NAE_EAA_P-1050_Enda_Kallas, lk 6
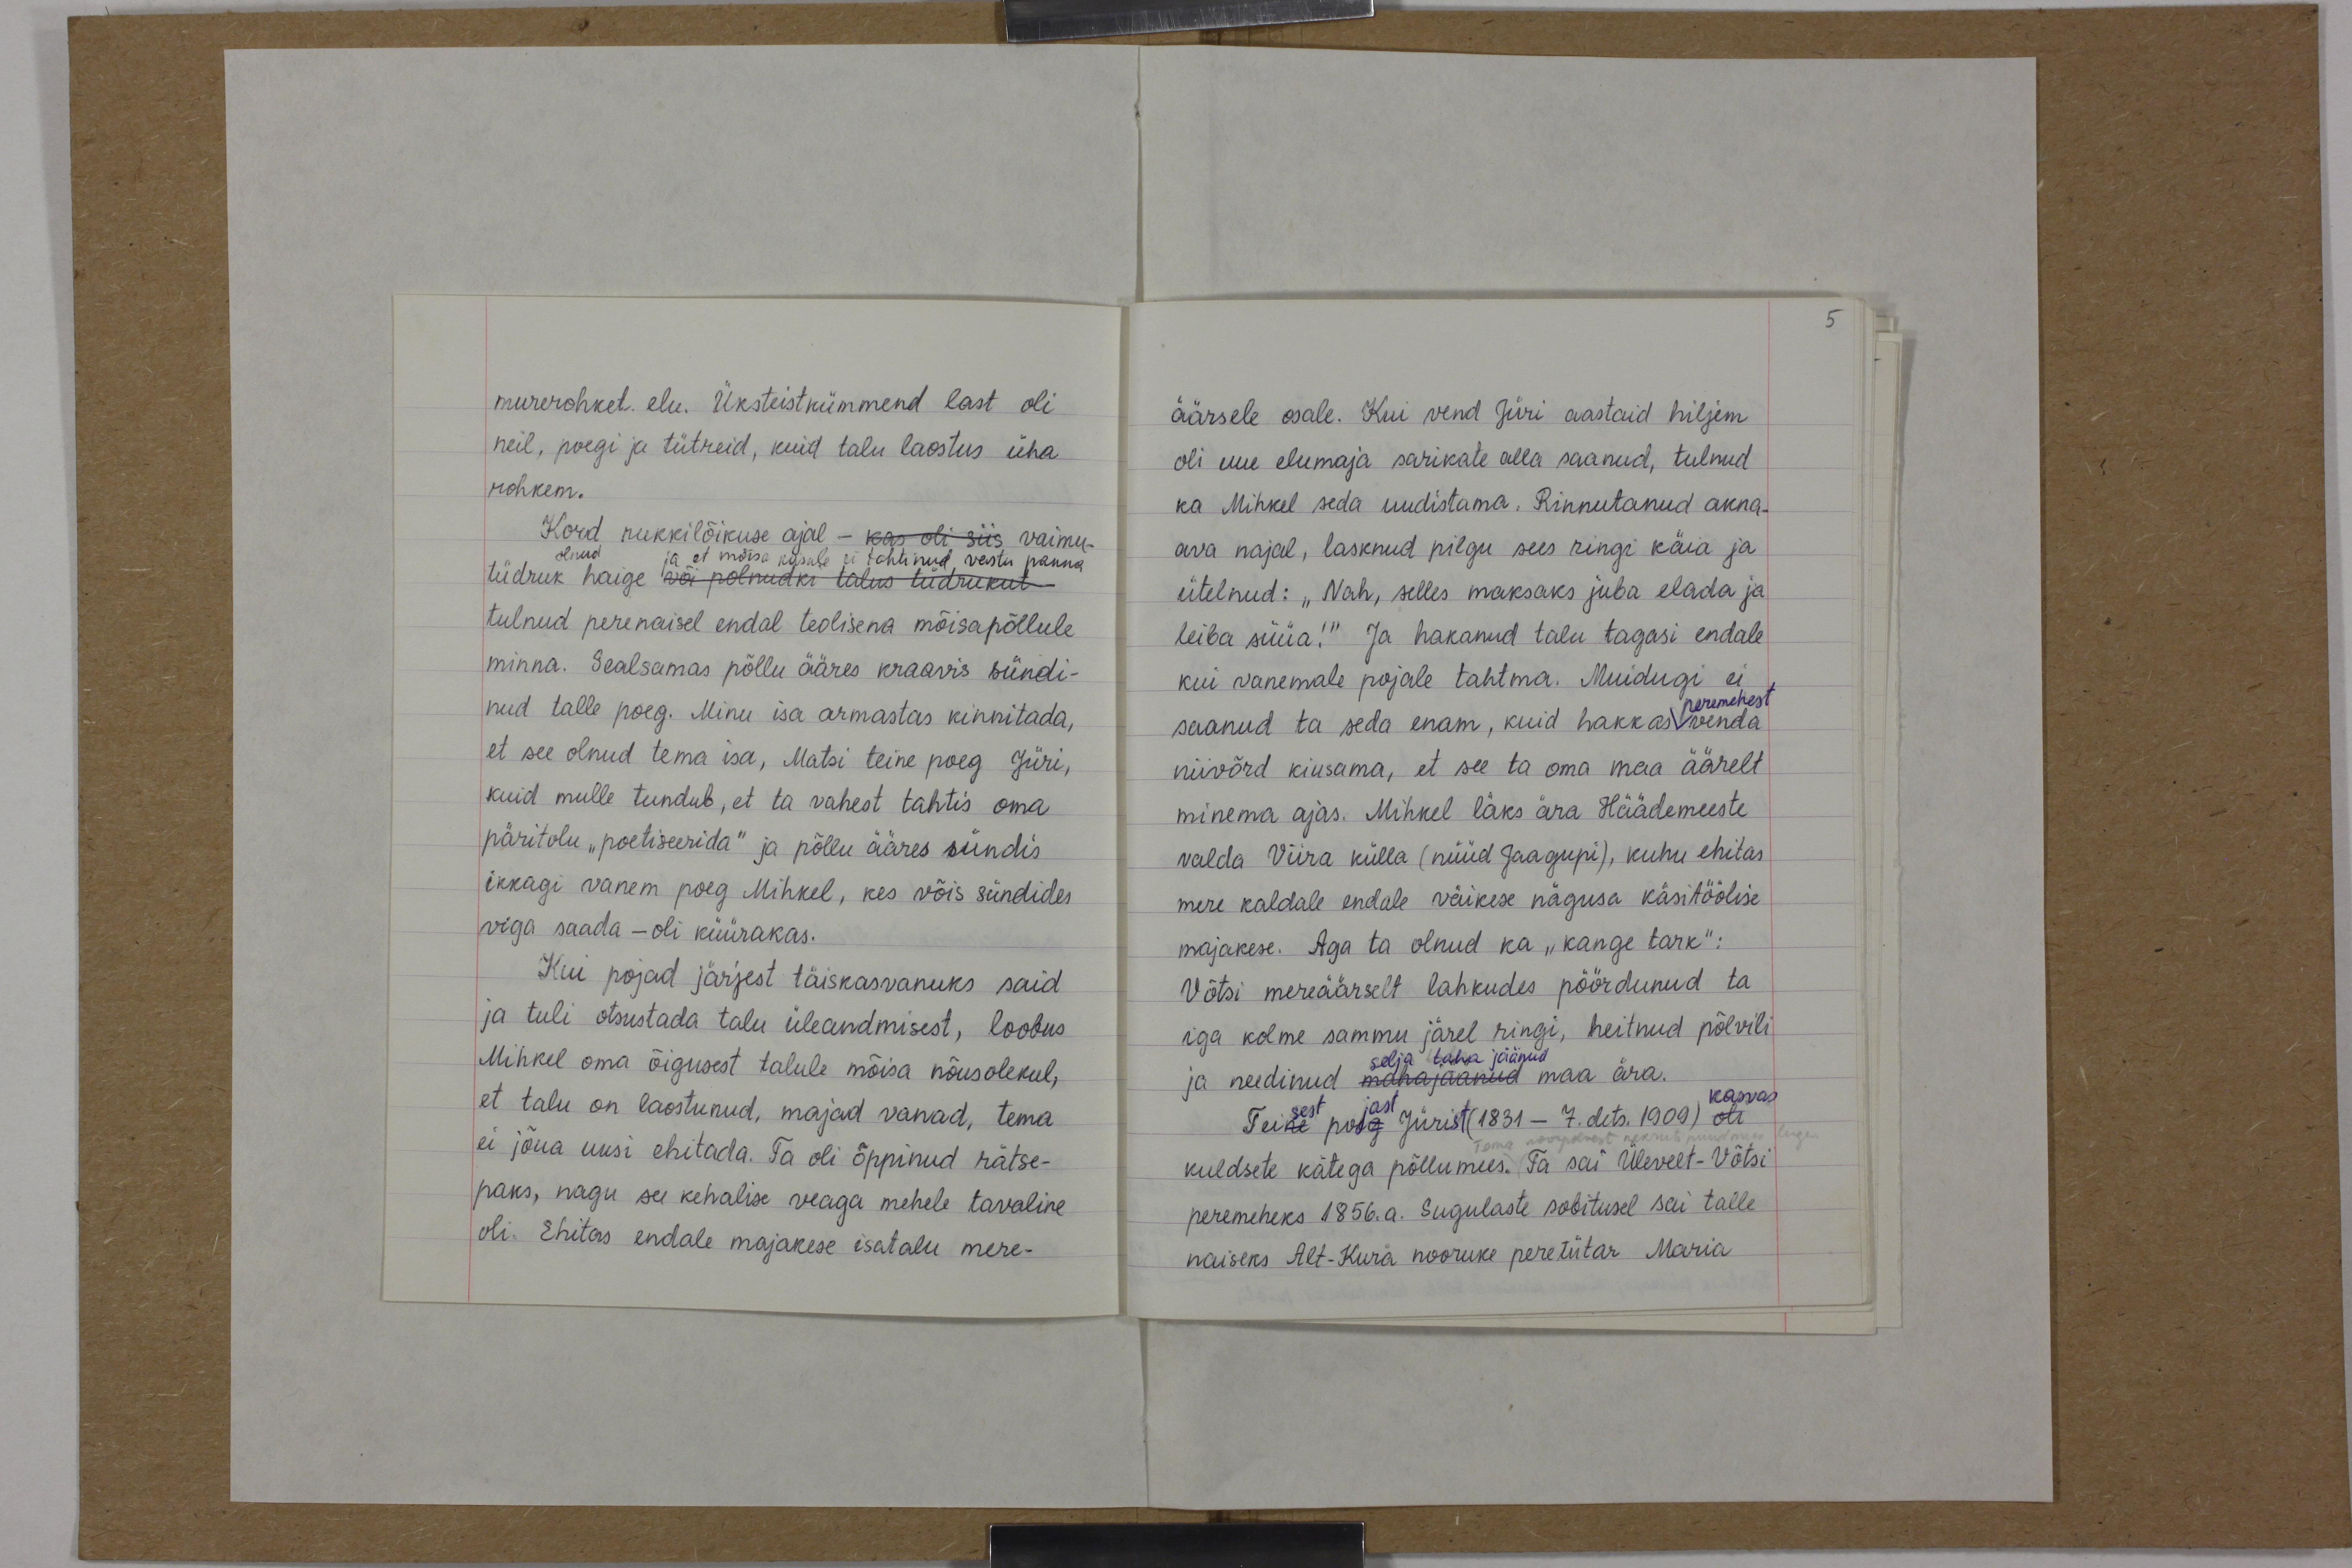
murerohket elu. Üksteistkümmend last oli
neil, poegi ja tütreid, kuid talu laostus üha
rohkem.
Kord rukkilõikuse ajal - kas oli siis vaimu-
olnud ja et mõisa käsule ei tohtinud vastu panna
tüdruk haige või polnudki talus tüdrukut
tulnud perenaisel endal teolisena mõisapõllule
minna. Sealsamas põllu ääres kraavis sündi-
nud talle poeg. Minu isa armastas kinnitada,
et see olnud tema isa, Matsi teine poeg Jüri,
kuid mulle tundub, et ta vahest tahtis oma
päritolu "poetiseerida" ja põllu ääres sündis
ikkagi vanem poeg Mihkel, kes võis sündides
viga saada - oli küürakas.
Kui pojad järjest täiskasvanuks said
ja tuli otsustada talu üleandmisest, loobus
Mihkel oma õigusest talule mõisa nõusolekul,
et talu on laostunud, majad vanad, tema
ei jõua uusi ehitada. Ta oli õppinud rätse-
paks, nagu see kehalise veaga mehele tavaline
oli. Ehitas endale majakese isatalu mere-

äärsele osale. Kui vend Jüri aastaid hiljem
oli uue elumaja sarikate alla saanud, tulnud
ka Mihkel seda uudistama. Rinnutanud akna-
ava najal, lasknud pilgu sees ringi käia ja
ütelnud: "Nah, selles maksaks juba elada ja
leiba süüa!" Ja hakanud talu tagasi endale,
kui vanemale pojale tahtma. Muidugi ei
peremehest
saanud ta seda enam, kuid hakkas venda
niivõrd kiusama, et see ta oma maa äärelt
minema ajas. Mihkel läks ära Häädemeeste
valda Viira külla (nüüd Jaagupi), kuhu ehitas
mere kaldale endale väikese nägusa käsitöölise
majakese. Aga ta olnud ka "kange tark":
Võtsi mereäärselt lahkudes pöördunud ta
iga kolme sammu järel ringi, heitnud põlvili
selja taha jäänud
ja needinud mahajaanud maa ära.
Teine poeg Jürist (1831 - 7. dets. 1909) oli
kasvas
Tema noorpõlvest rekruis püüd.
kuldsete kätega põllumees. Ta sai Ülevelt-Võtsi
peremeheks 1856.a. Sugulaste sobitusel sai talle
naiseks Alt-Kura nooruke peretütar Maria